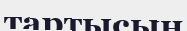
тартысын